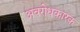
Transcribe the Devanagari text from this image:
अवरोधकारक